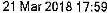
21 MAR 2018 17:59